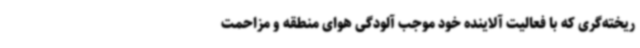
ریخته‌گری که با فعالیت آلاینده خود موجب آلودگی هوای منطقه و مزاحمت